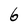
Character: 6